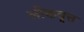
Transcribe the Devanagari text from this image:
लोकवृत्त